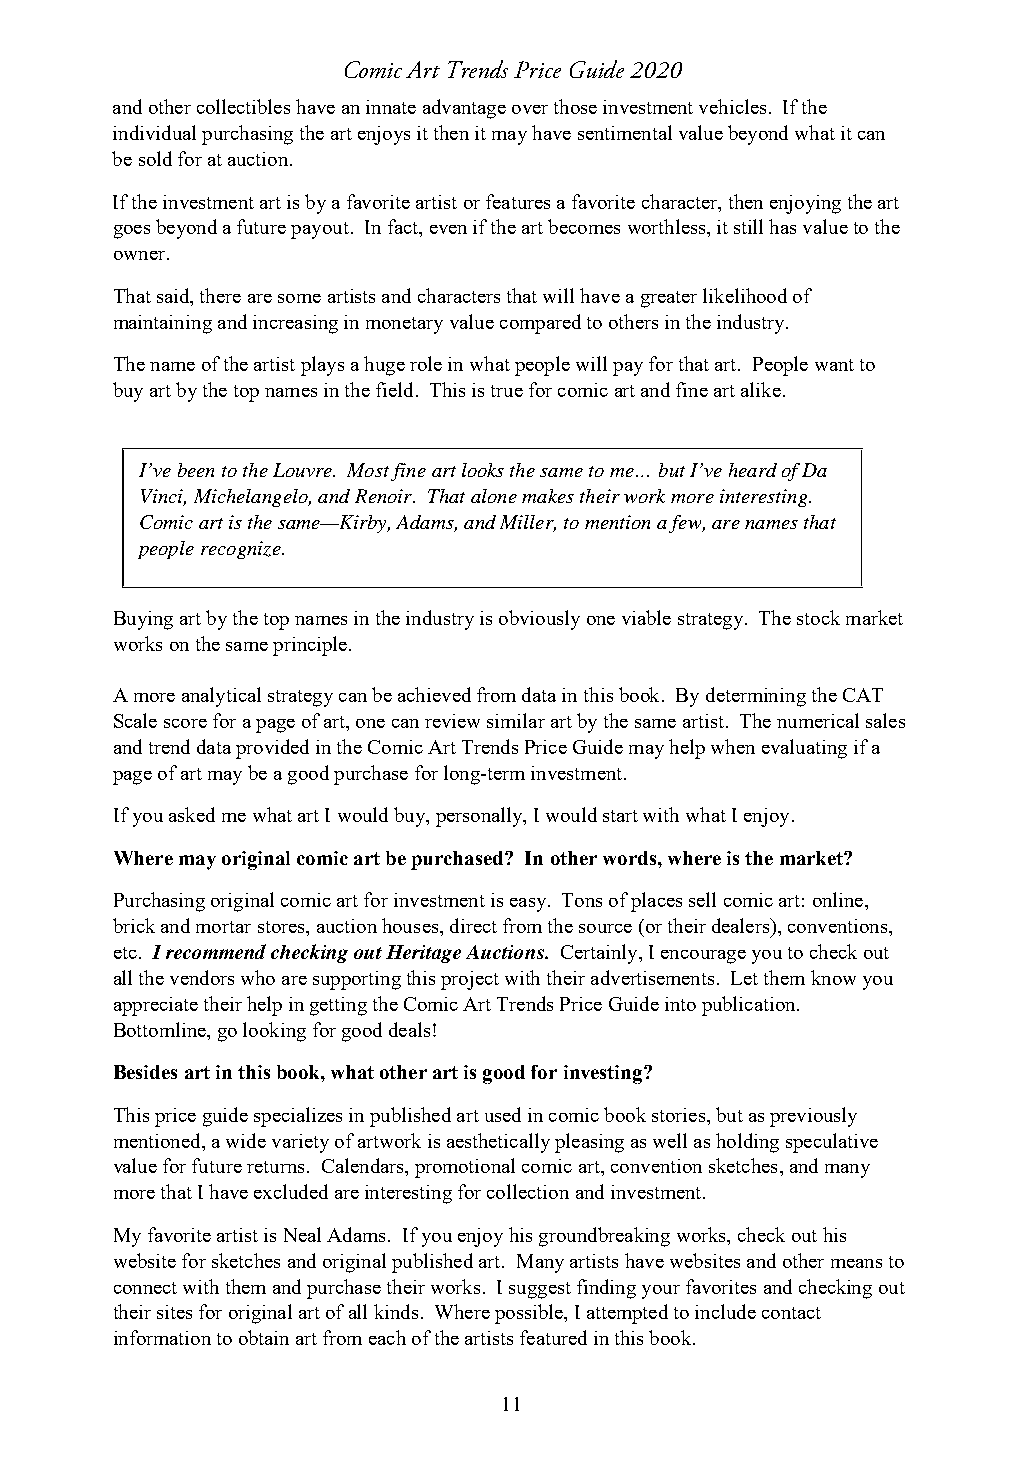
Comic Art Trends Price Guide 2020
 and other collectibles have an innate advantage over those investment vehicles. If the
 individual purchasing the art enjoys it then it may have sentimental value beyond what it can
 be sold for at auction.
 If the investment art is by a favorite artist or features a favorite character, then enjoying the art
 goes beyond a future payout. In fact, even if the art becomes worthless, it still has value to the
 owner.
 That said, there are some artists and characters that will have a greater likelihood of
 maintaining and increasing in monetary value compared to others in the industry.
 The name of the artist plays a huge role in what people will pay for that art. People want to
 buy art by the top names in the field. This is true for comic art and fine art alike.
 I’ve been to the Louvre. Most fine art looks the same to me… but I’ve heard of Da
 Vinci, Michelangelo, and Renoir. That alone makes their work more interesting.
 Comic art is the same—Kirby, Adams, and Miller, to mention a few, are names that
 people recognize.
 Buying art by the top names in the industry is obviously one viable strategy. The stock market
 works on the same principle.
 A more analytical strategy can be achieved from data in this book. By determining the CAT
 Scale score for a page of art, one can review similar art by the same artist. The numerical sales
 and trend data provided in the Comic Art Trends Price Guide may help when evaluating if a
 page of art may be a good purchase for long-term investment.
 If you asked me what art I would buy, personally, I would start with what I enjoy.
 Where may original comic art be purchased? In other words, where is the market?
 Purchasing original comic art for investment is easy. Tons of places sell comic art: online,
 brick and mortar stores, auction houses, direct from the source (or their dealers), conventions,
 etc. I recommend checking out Heritage Auctions. Certainly, I encourage you to check out
 all the vendors who are supporting this project with their advertisements. Let them know you
 appreciate their help in getting the Comic Art Trends Price Guide into publication.
 Bottomline, go looking for good deals!
 Besides art in this book, what other art is good for investing?
 This price guide specializes in published art used in comic book stories, but as previously
 mentioned, a wide variety of artwork is aesthetically pleasing as well as holding speculative
 value for future returns. Calendars, promotional comic art, convention sketches, and many
 more that I have excluded are interesting for collection and investment.
 My favorite artist is Neal Adams. If you enjoy his groundbreaking works, check out his
 website for sketches and original published art. Many artists have websites and other means to
 connect with them and purchase their works. I suggest finding your favorites and checking out
 their sites for original art of all kinds. Where possible, I attempted to include contact
 information to obtain art from each of the artists featured in this book.
 11